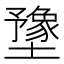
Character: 𫮻